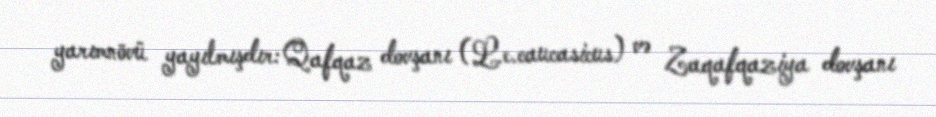
yarımnövü yayılmışdır: Qafqaz dovşanı (L.e.caucasicus) və Zaqafqaziya dovşanı